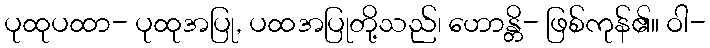
ပုထုပထာ- ပုထုအပြု, ပထအပြုတို့သည်၊ ဟောန္တိ- ဖြစ်ကုန်၏။ ဝါ-